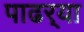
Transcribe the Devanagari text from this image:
पाढर्‍या